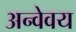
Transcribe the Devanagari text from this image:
अन्वेवय